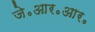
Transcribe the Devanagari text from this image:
जे॰आर॰आर॰